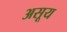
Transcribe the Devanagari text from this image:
असूय